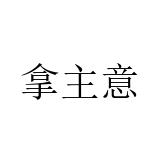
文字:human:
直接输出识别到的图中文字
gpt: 拿主意